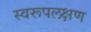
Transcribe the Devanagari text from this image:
स्वरूपलक्षण